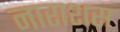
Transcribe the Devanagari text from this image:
नाराशस